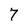
Character: 7